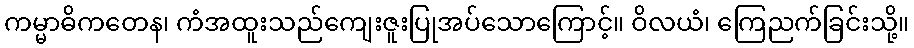
ကမ္မာဓိကတေန၊ ကံအထူးသည်ကျေးဇူးပြုအပ်သောကြောင့်။ ဝိလယံ၊ ကြေညက်ခြင်းသို့။